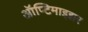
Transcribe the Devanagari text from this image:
ऑप्टिमाइझर